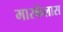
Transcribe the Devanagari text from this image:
मारकेलास